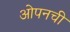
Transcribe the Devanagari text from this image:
ओपनची